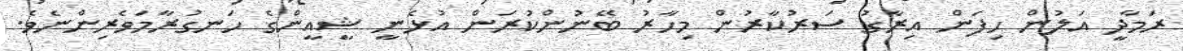
ރަމާދީ އަލުން ހިފަން އިރާގު ސަރުކާރުން މިހާރު ބޭނުންކުރަން އުޅެނީ ޝީއީންގެ ހަނގުރާމަވެރިންނެވެ.